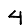
Digit: 4